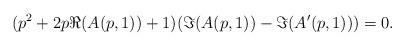
LaTeX: \begin{align*} (p^2+2p\Re(A(p,1))+1) (\Im(A(p,1))-\Im(A'(p,1)))=0.\end{align*}